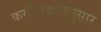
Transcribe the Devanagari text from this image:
कर्मसिद्धांतनुसार